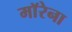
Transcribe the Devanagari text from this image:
माॅरेना